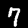
Digit: 7